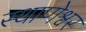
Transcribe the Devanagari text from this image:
स्थाणेश्वर